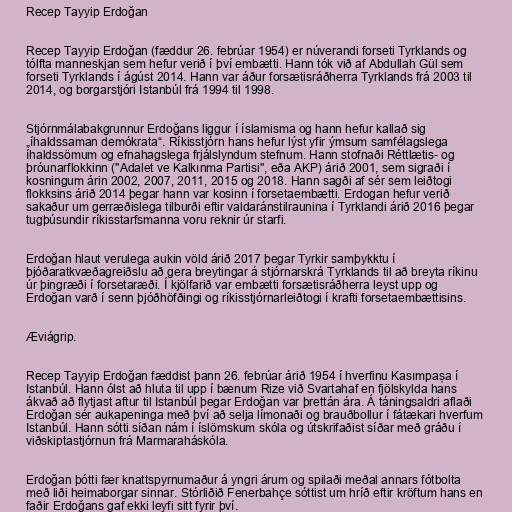
Recep Tayyip Erdoğan

Recep Tayyip Erdoğan (fæddur 26. febrúar 1954) er núverandi forseti Tyrklands og
tólfta manneskjan sem hefur verið í því embætti. Hann tók við af Abdullah Gül sem
forseti Tyrklands í ágúst 2014. Hann var áður forsætisráðherra Tyrklands frá 2003 til
2014, og borgarstjóri Istanbúl frá 1994 til 1998.

Stjórnmálabakgrunnur Erdoğans liggur í íslamisma og hann hefur kallað sig
„íhaldssaman demókrata“. Ríkisstjórn hans hefur lýst yfir ýmsum samfélagslega
íhaldssömum og efnahagslega frjálslyndum stefnum. Hann stofnaði Réttlætis- og
þróunarflokkinn ("Adalet ve Kalkınma Partisi", eða AKP) árið 2001, sem sigraði í
kosningum árin 2002, 2007, 2011, 2015 og 2018. Hann sagði af sér sem leiðtogi
flokksins árið 2014 þegar hann var kosinn í forsetaembætti. Erdogan hefur verið
sakaður um gerræðislega tilburði eftir valdaránstilraunina í Tyrklandi árið 2016 þegar
tugþúsundir ríkisstarfsmanna voru reknir úr starfi.

Erdoğan hlaut verulega aukin völd árið 2017 þegar Tyrkir samþykktu í
þjóðaratkvæðagreiðslu að gera breytingar á stjórnarskrá Tyrklands til að breyta ríkinu
úr þingræði í forsetaræði. Í kjölfarið var embætti forsætisráðherra leyst upp og
Erdoğan varð í senn þjóðhöfðingi og ríkisstjórnarleiðtogi í krafti forsetaembættisins.

Æviágrip.

Recep Tayyip Erdoğan fæddist þann 26. febrúar árið 1954 í hverfinu Kasımpaşa í
Istanbúl. Hann ólst að hluta til upp í bænum Rize við Svartahaf en fjölskylda hans
ákvað að flytjast aftur til Istanbúl þegar Erdoğan var þrettán ára. Á táningsaldri aflaði
Erdoğan sér aukapeninga með því að selja límonaði og brauðbollur í fátækari hverfum
Istanbúl. Hann sótti síðan nám í íslömskum skóla og útskrifaðist síðar með gráðu í
viðskiptastjórnun frá Marmaraháskóla.

Erdoğan þótti fær knattspyrnumaður á yngri árum og spilaði meðal annars fótbolta
með liði heimaborgar sinnar. Stórliðið Fenerbahçe sóttist um hríð eftir kröftum hans en
faðir Erdoğans gaf ekki leyfi sitt fyrir því.